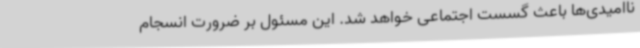
ناامیدی‌ها باعث گسست اجتماعی خواهد شد. این مسئول بر ضرورت انسجام